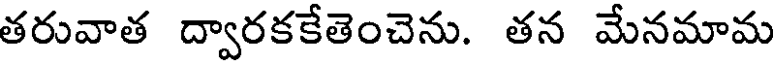
తరువాత ద్వారకకేతెంచెను. తన మేనమామ